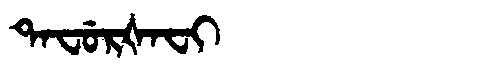
Manchu: ᡨᠠᠸᡠᡵᡧᠠᠸᡳ
Romanization: TAFURŠAFI